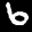
Label: 6